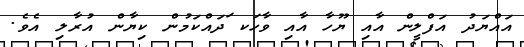
އައްޔަދު އަފްލީން އާއި ޔޫހާ އާއި ވާހަކ ަދައްކަމުން ކިޔާން އުރާލި އެވެ.